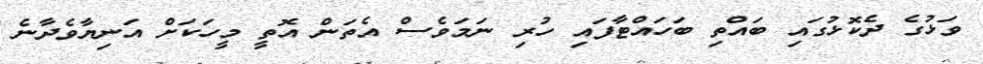
ވަޅުގެ ދެކޮޅުގައި ބައްތި ބަހައްޓާފައި ހުރި ނަމަވެސް އެތަން އޮތީ މީހަކަށް އަނިޔާވެދާނެ